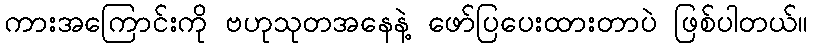
ကားအကြောင်းကို ဗဟုသုတအနေနဲ့ ဖော်ပြပေးထားတာပဲ ဖြစ်ပါတယ်။